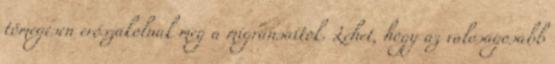
tömegesen erőszakolnak meg a migránsaitok. Lehet, hogy az valóságosabb